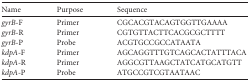
| Name | Purpose | Sequence |
 | --- | --- | --- |
 | gyrB-F | Primer | CGCACGTACAGTGGTTGAAAA |
 | gyrB-R | Primer | CGTGTTACTTCACGCGCTTTT |
 | gyrB-P | Probe | ACGTGCCGCCATAATA |
 | kdpA-F | Primer | AGCAGGTTTGTCAGCACTATTTACA |
 | kdpA-R | Primer | AGGCGTTAAGCTATCATGCATGTT |
 | kdpA-P | Probe | ATGCCGTCGTAATAAC |